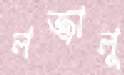
লজ্জালু